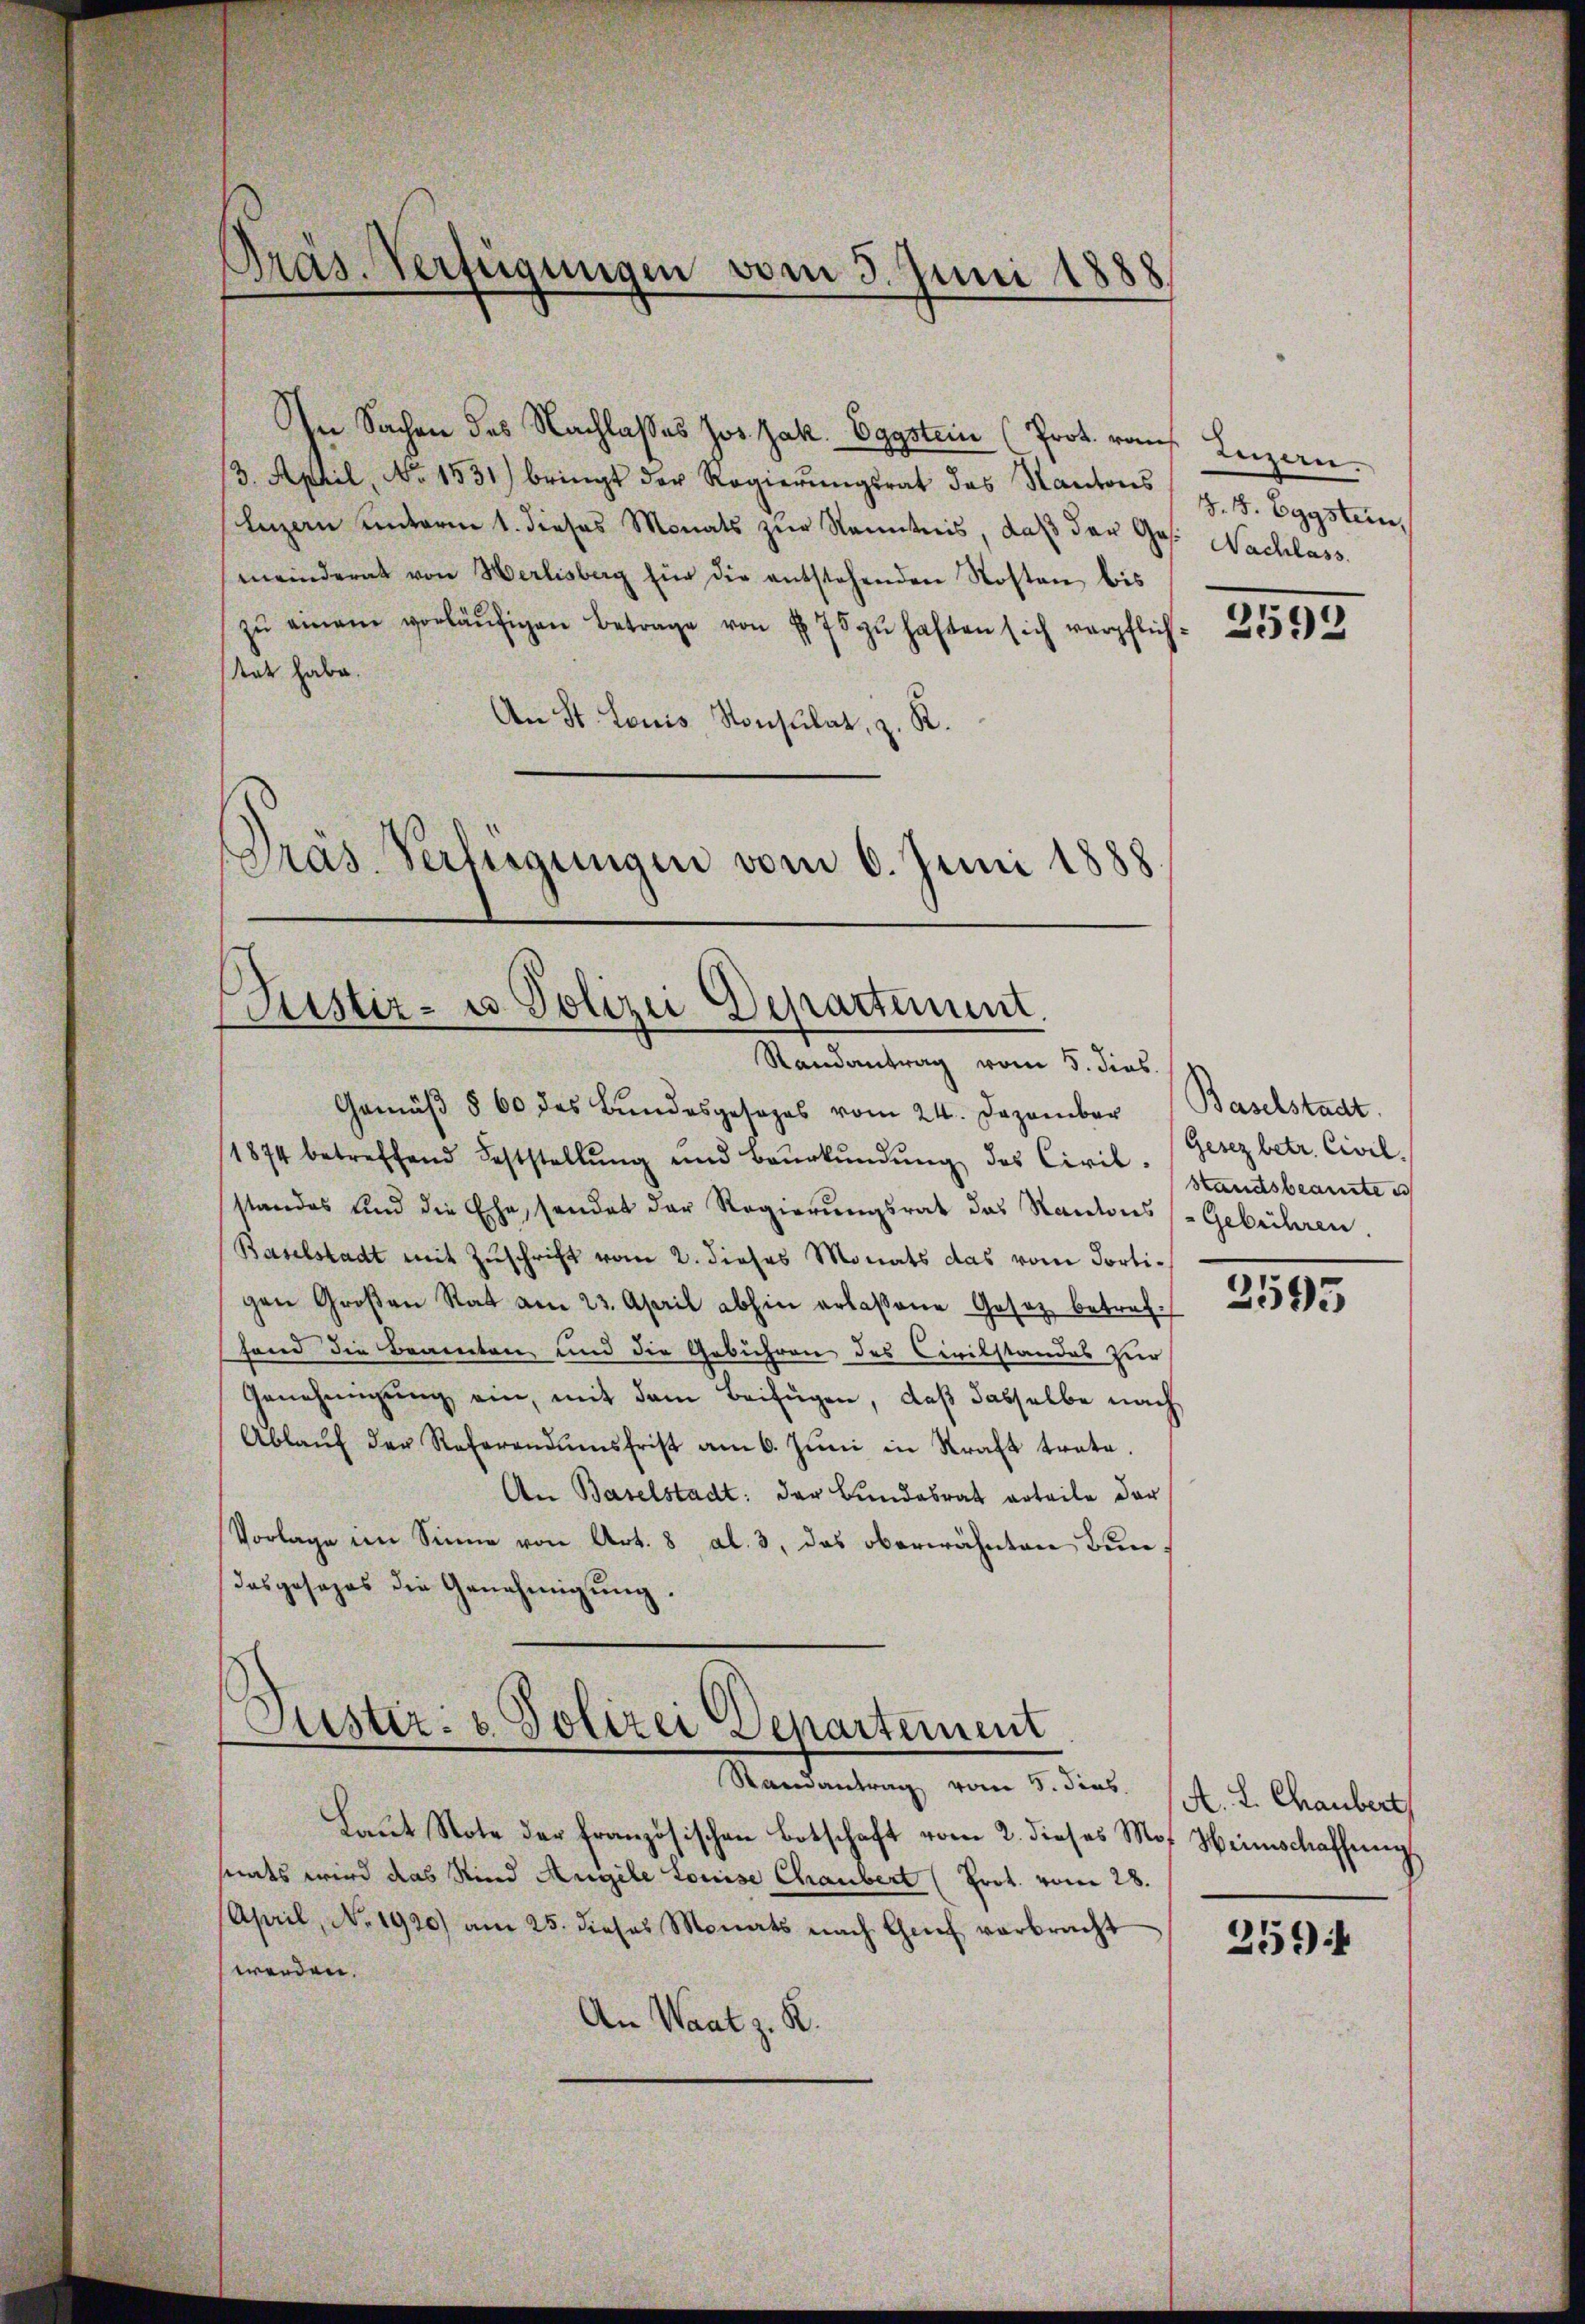
In Sachen des Nachlasses Jos. Jak. Eggstein (Prot. raus. Luzern.
3. April, No 1531) bringt der Regierŭngsrat des Kantons z. B. Eggstein,
luzern unterm 1. dieses Monats zŭr Kenntnis, daß der Ges. Nachlass
meinderat von Herlisberg für die entstehenden Kosten, bis
zŭ einem vorläŭfigen Betrage von § 75 zŭ haften sich verpflichtat habe.
An St. Louis Konsulat, z. R.
gras Verfügungen vom 6. Juni 1888.

Präs. Verfügungen vom 5. Juni 1888

Rustiz- u Polizei Departement.
Randantrag vom 5. dies

Justiz- & Polizei Departement
Randantrag vom 5. dies

Gemäβ § 60 des Bŭndesgesezes vom 24. Dezember Baselstadt
1874 betreffend Feststellŭng und Baŭrkŭndŭng des Civil. Gesez betr. Civil
standes und die Ehe, sendet der Regierungsrat des Kantons (Gebühren
Baselstadt mit Zŭschrift vom 2. dieses Monats das vom Portigen Großen Rat am 23. April abhin erlaßene Gesetz betreffand die Beamten und die Gebühren des Civilstandes zur
Genehmigŭng ein, mit dem Beifügen, daß dasselbe nach
Ablaŭf der Referandumsfrist am 6. Jŭni in Straft trate.
An Baselstadt: der Bundesrat erteile der
Vorlage im Sinne von Art. 8 al. 3, das oberwähnten Bun¬
Dasposages die Genehmigŭng.

Laŭt Note der französischen Botschaft vom 2. dieses Mos. Weinschaffung
snats wird das Kind Angele Louise Chaubert (Prot. vom 28.
April, No. 1920) am 25. dieses Monats nach Genf verbracht
werden.
An Waatz. R.

2592

Standsbeamte e

2595

A. L. Chaubert

259 f